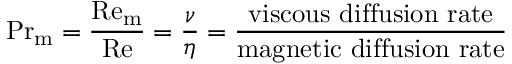
\mathrm { P r } _ { \mathrm { m } } = { \frac { \mathrm { R e _ { m } } } { \mathrm { R e } } } = { \frac { \nu } { \eta } } = { \frac { \mathrm { v i s c o u s ~ d i f f u s i o n ~ r a t e } } { \mathrm { m a g n e t i c ~ d i f f u s i o n ~ r a t e } } }